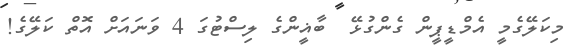
މިކަލޭގެމީ އެމްޑީޕީން ގެންގުޅޭ  ބާޣީންގެ ލިސްޓުގަ 4 ވަނައަށް އޮތް ކަލޭގެ!